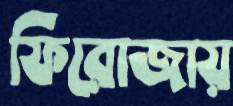
ফিরোজায়